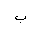
Letter: _ba